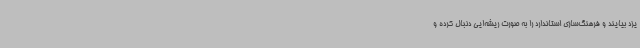
یزد بیایند و فرهنگ‌سازی استاندارد را به صورت ریشه‌ایی دنبال کرده و